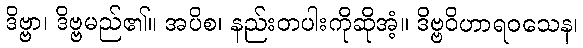
ဒိဗ္ဗာ၊ ဒိဗ္ဗမည်၏။ အပိစ၊ နည်းတပါးကိုဆိုအံ့။ ဒိဗ္ဗဝိဟာရဝသေန၊